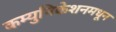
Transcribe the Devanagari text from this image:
कम्युनिकेशनमधून